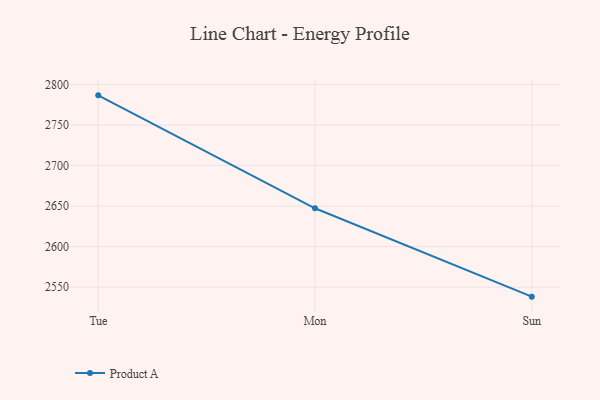
{"axis": {"x": "Day", "y": "Operating Costs (USD K)"}, "legend": ["Product A"], "data": [{"x": "Tue", "y": 2786.6, "type": "Product A"}, {"x": "Mon", "y": 2647.3, "type": "Product A"}, {"x": "Sun", "y": 2538.3, "type": "Product A"}]}